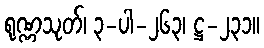
ရုဏ္ဏသုတ်၊ ၃-ပါ-၂၆၃၊ ဋ္ဌ-၂၃၁။